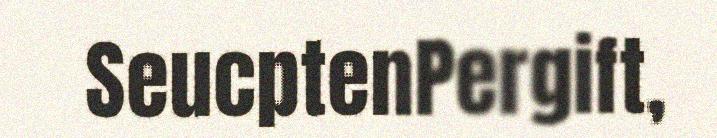
SeucptenPergift,